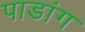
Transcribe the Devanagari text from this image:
पाडांग